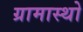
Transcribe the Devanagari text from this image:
ग्रामास्थो